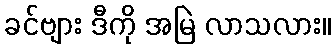
ခင်ဗျား ဒီကို အမြဲ လာသလား။